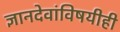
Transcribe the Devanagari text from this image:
ज्ञानदेवांविषयीही